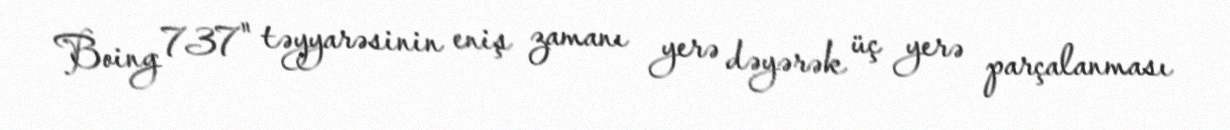
Boing 737" təyyarəsinin eniş zamanı yerə dəyərək üç yerə parçalanması